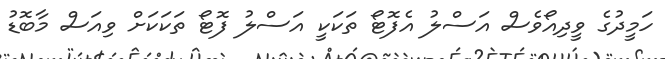
ހަމީދުގެ ވީދިއޯވެސް އަސްލު އެފޮޓޯ ތަކަކީ އަސްލު ފޮޓޯ ތަކަކަށް ވިއަސް މާބޮޑު